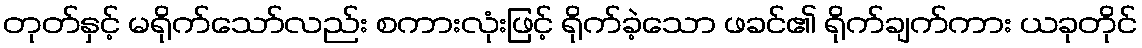
တုတ်နှင့် မရိုက်သော်လည်း စကားလုံးဖြင့် ရိုက်ခဲ့သော ဖခင်၏ ရိုက်ချက်ကား ယခုတိုင်